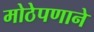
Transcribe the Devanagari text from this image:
मोठेपणाने